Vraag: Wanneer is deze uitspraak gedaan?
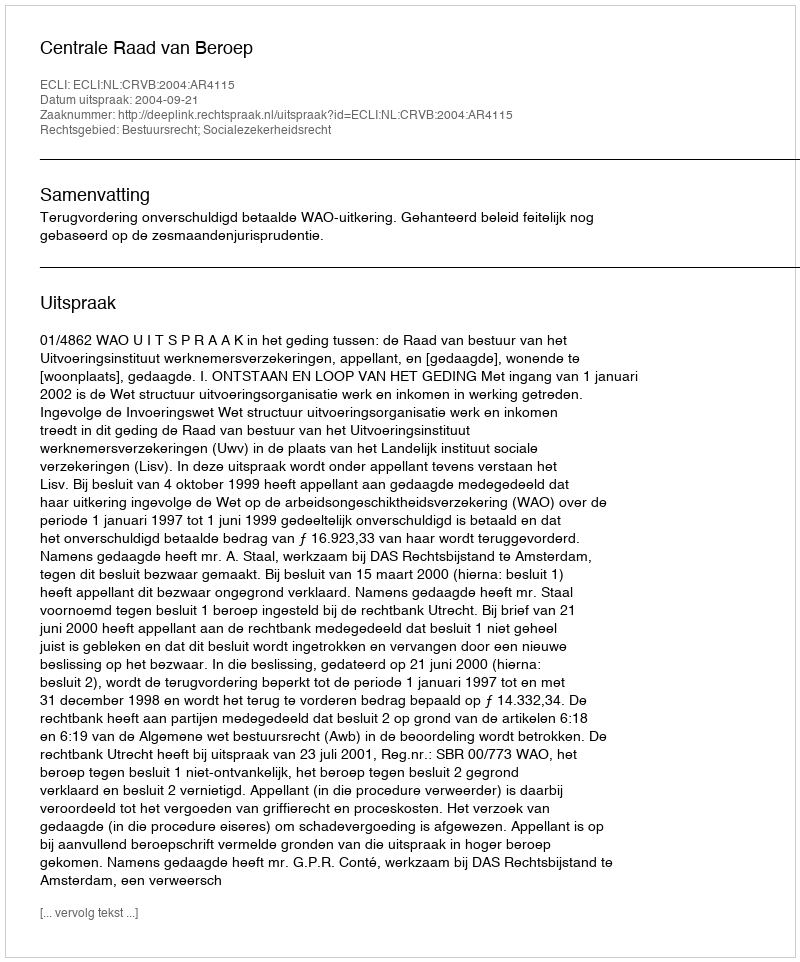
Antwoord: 2004-09-21